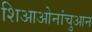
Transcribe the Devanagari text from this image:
शिआओनांचुआन